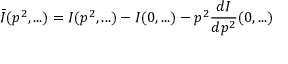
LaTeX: \bar { I } ( p ^ { 2 } , . . . ) = I ( p ^ { 2 } , . . . ) - I ( 0 , . . . ) - p ^ { 2 } \frac { d I } { d p ^ { 2 } } ( 0 , . . . )